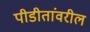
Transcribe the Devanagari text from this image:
पीडीतांवरील